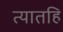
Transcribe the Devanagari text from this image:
त्यातहि